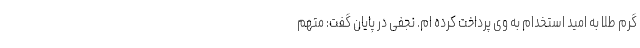
گرم طلا به امید استخدام به وی پرداخت کرده ام. نجفی در پایان گفت: متهم